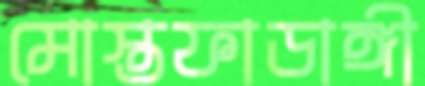
মোস্তফাডাঙ্গী